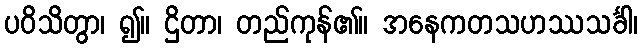
ပဝိသိတွာ၊ ၍။ ဌိတာ၊ တည်ကုန်၏။ အနေကတသဟဿသင်္ခါ၊